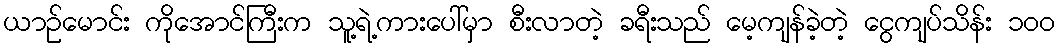
ယာဉ်မောင်း ကိုအောင်ကြီးက သူ့ရဲ့ကားပေါ်မှာ စီးလာတဲ့ ခရီးသည် မေ့ကျန်ခဲ့တဲ့ ငွေကျပ်သိန်း ၁၀၀